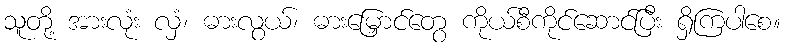
သူတို့ အားလုံး လှံ၊ ဓားလွယ်၊ ဓားမြှောင်တွေ ကိုယ်စီကိုင်ဆောင်ပြီး ရှိကြပါစေ။